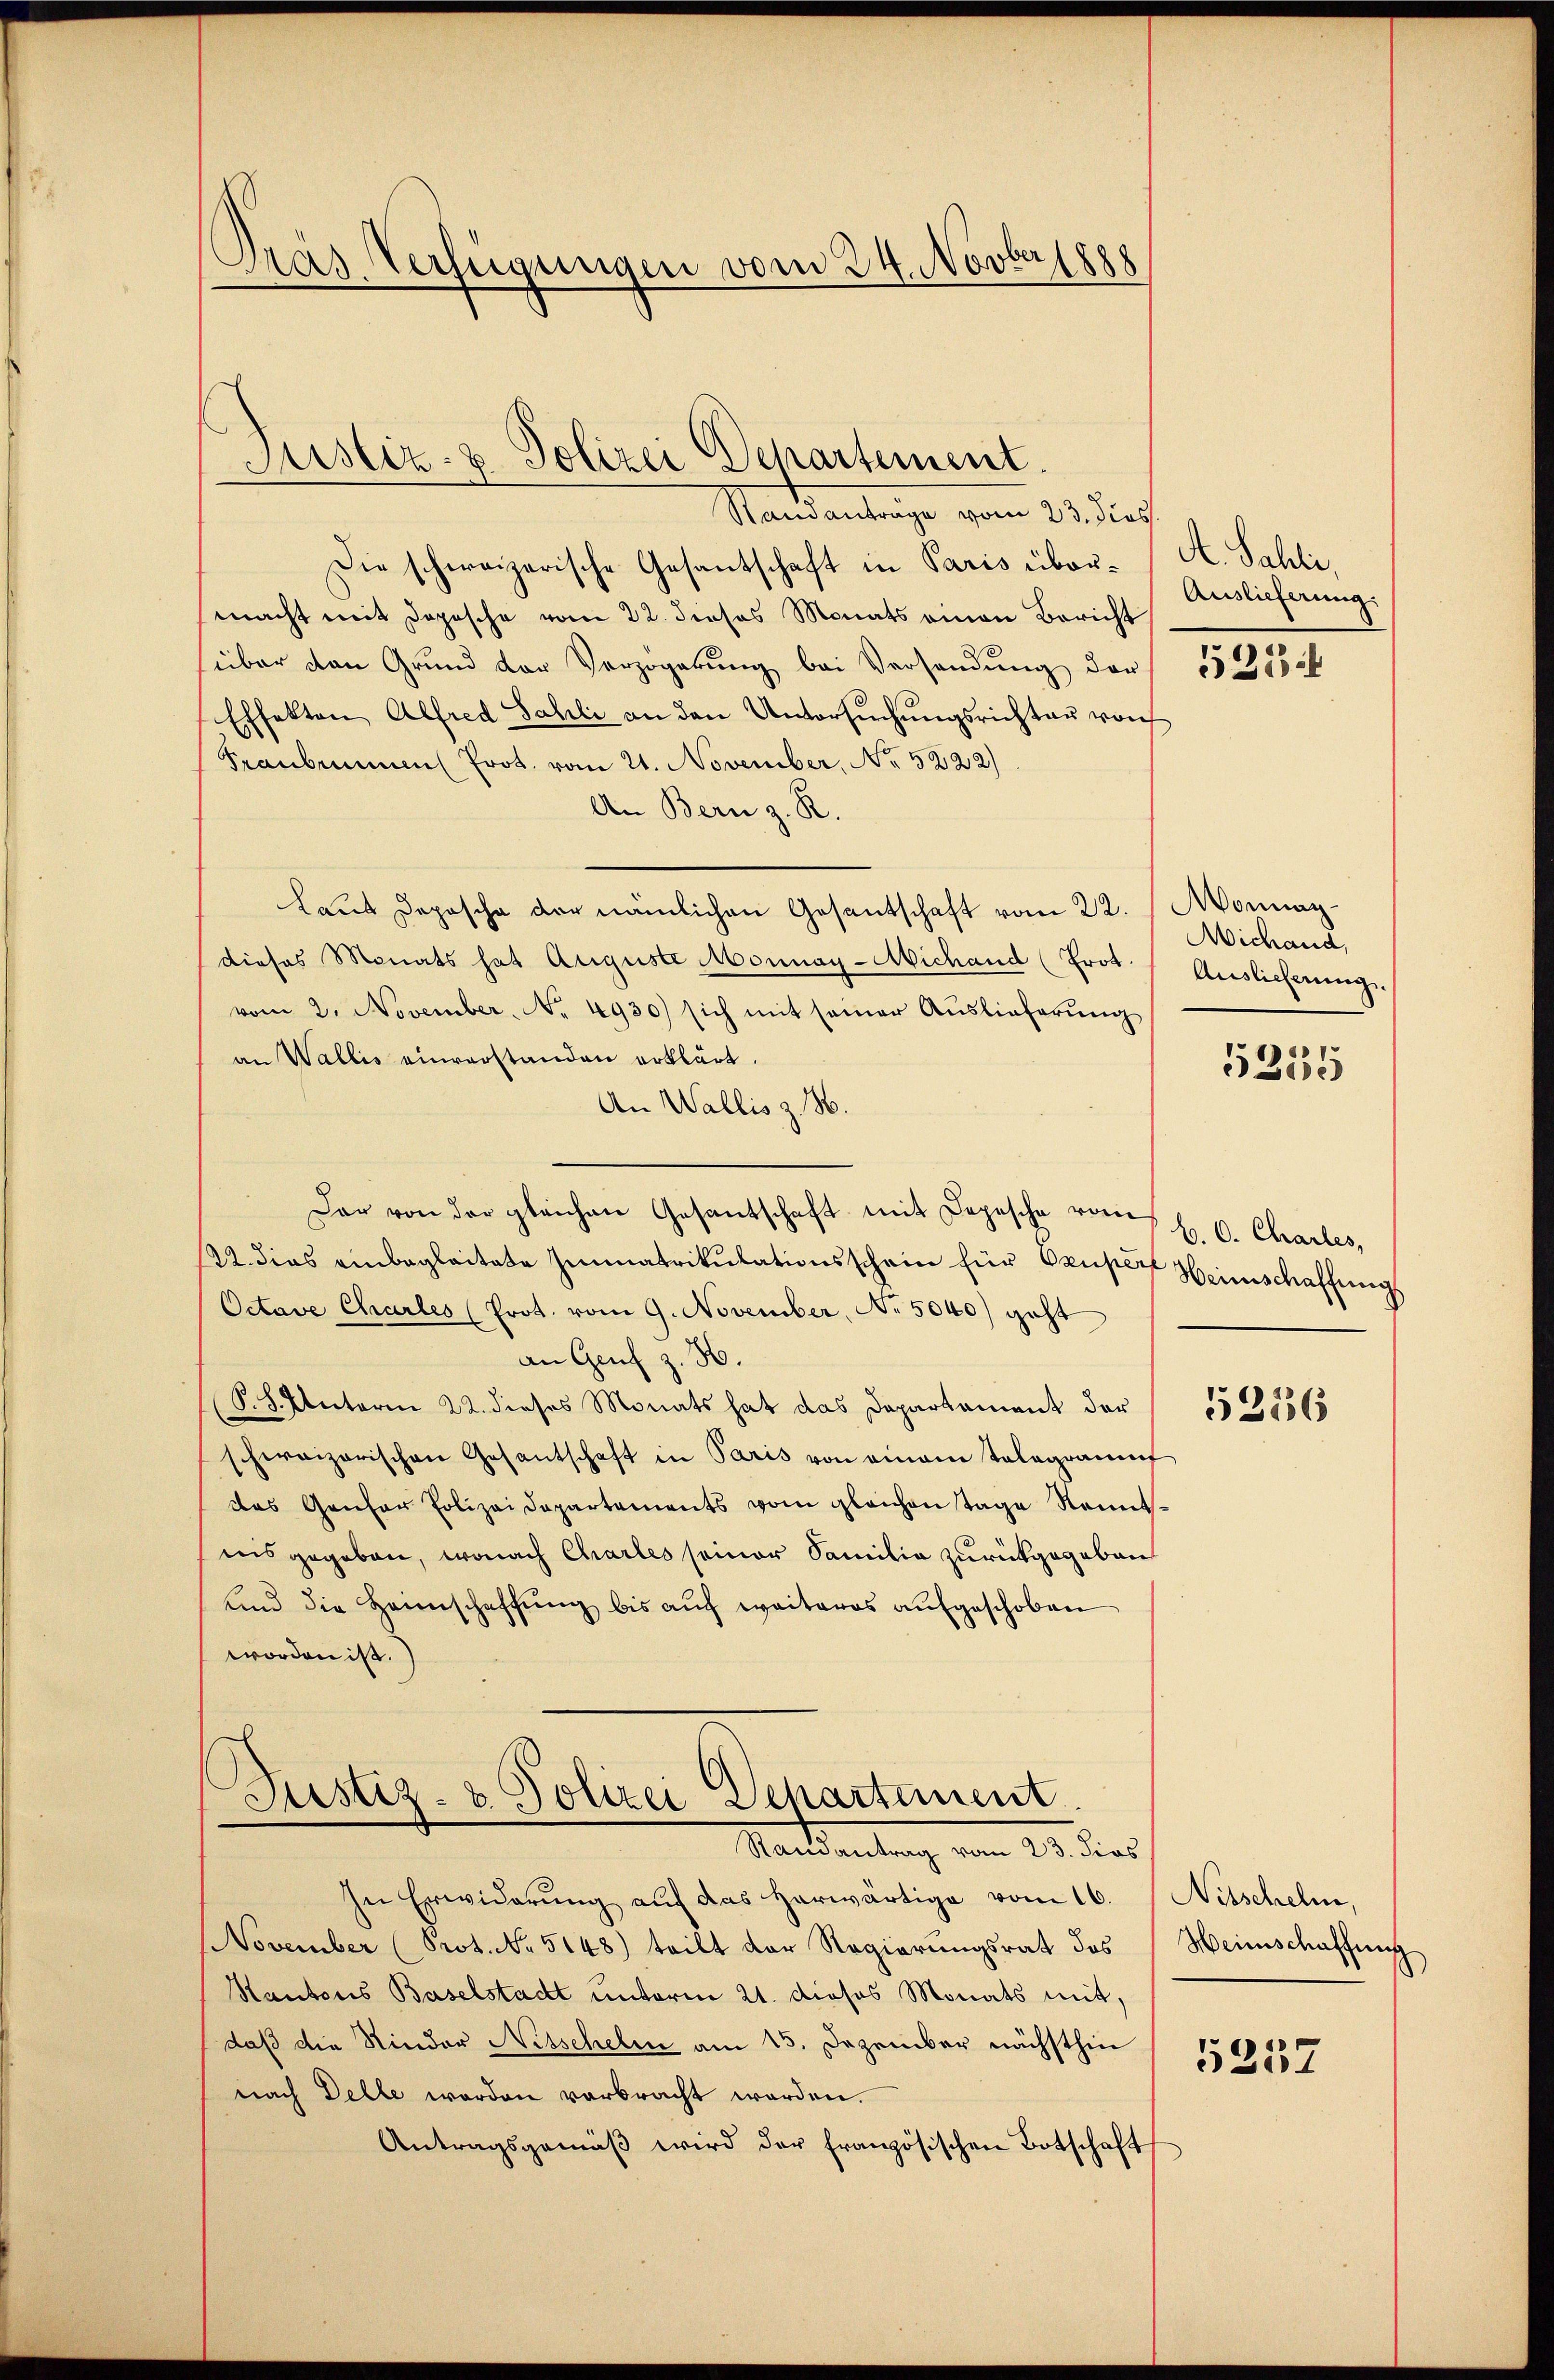
Pras Verfügungen vom 24. Novberg

Justiz- & Polizei Departement.

Standantrage vom 23. dies
Die schweizerische Gesantschaft in Paris über- A. Sahli,
macht mit Dopische vom 22. dieses Monats einen Bericht
über von Grŭnd der Verzögerŭng bei Versandŭng der
Effekten Alfred Sahli an den Untersŭchŭngsrichten von
Franbrunnen Prot. vom 21. November, No 5222)
An Bern z. R.
laus Depesche der nämlichen Gesantschaft vom 22. Monnaydieses Monats hat Auguste Monnay-Wichand (Prot.
vom 2. November. No. 4930) sich mit seiner Auslieferŭng
an Wallis einverstanden erklärt.
An Wallis z. H.
Dar von der gleichen Gesandschaft mit Depesche vom 6. C. Chartes,
122. dies einbegleitete Zimmatrikulationsschein für Ocuper Heimschaffung
Octave Charles (Prot. vom 9. November, No 5040) geht
an Genf z. H.
P.S. Interm 22. dieses Monats hat das Departament der
schweizerischen Gesantschaft in Paris von einem Telegrammt
das Genfer Polizeidepartements vom gleichen Tage Rennt-
insgegeben, wonach Chartes seiner Familia zurückgegeben
und die Heimschaffŭng bis aŭf weiteres aŭfgeschoben
worden ist.

Justiz- & Polizei Departement
Mandantung vom 23. dies

In Erwiderung auf das Harwärtige vom 16.
November (Prot. No 5148) teilt der Regierungsrat des
Kantons Baselstadt unterm 21. dieses Monats mit,
daß die Rinder Nitschelm am 15. Dezember nächsthin
nach Delle werden verbracht worden.
Antragsgemäβ wird der französischen Botschaft

Auslieferung:

525

Michand,
Auslieferung.

5255

5256

Nitschelm.
Heimschaffung
5257